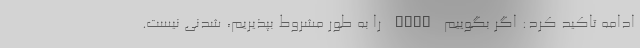
ادامه تاکید کرد: اگر بگوییم FATF را به طور مشروط بپذیریم، شدنی نیست.